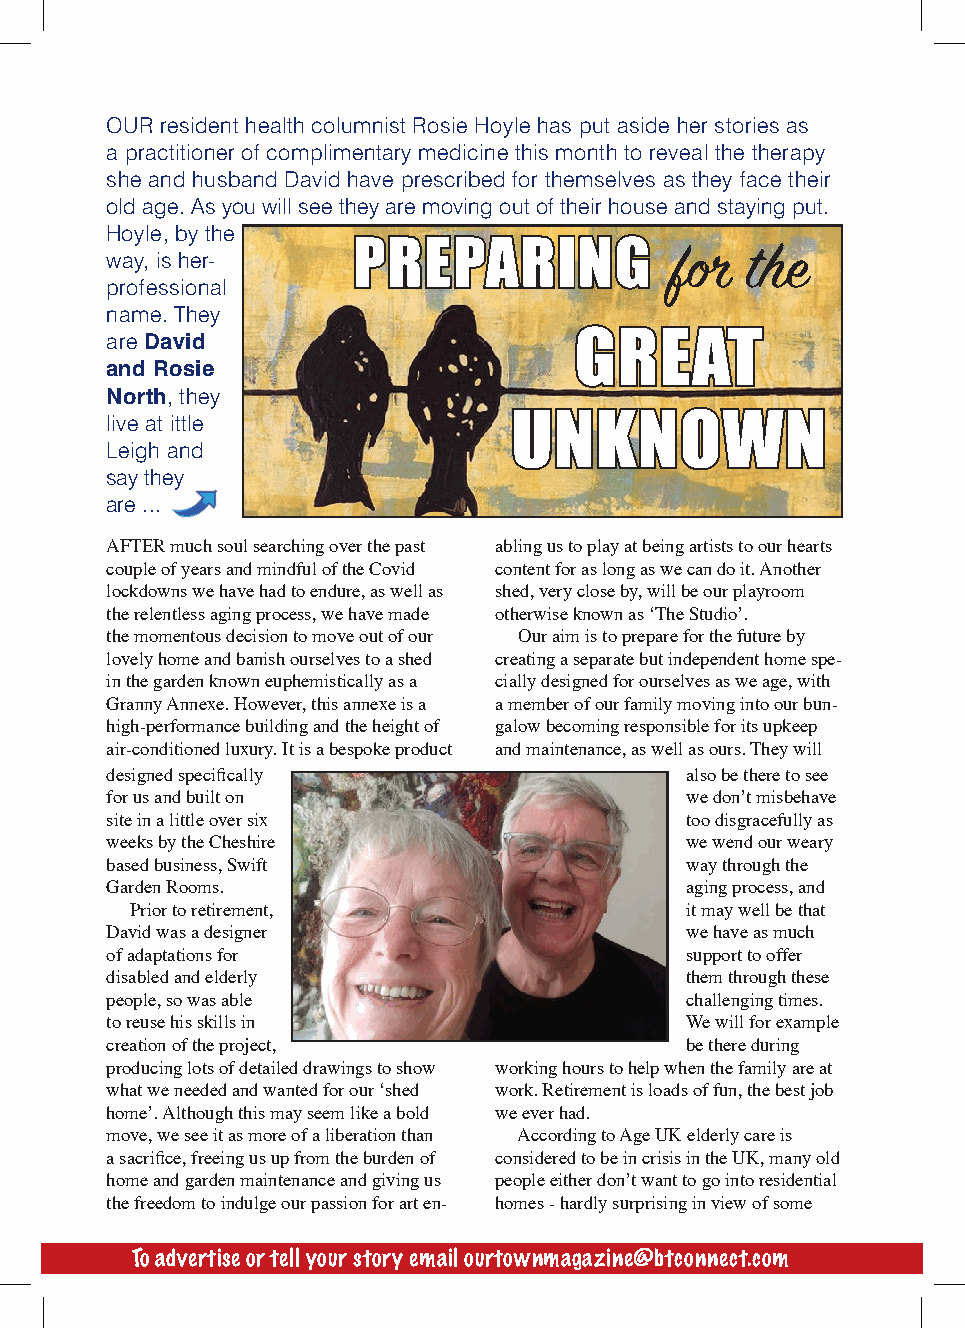
OUR resident health columnist Rosie Hoyle has put aside her stories as
 a practitioner of complimentary medicine this month to reveal the therapy
 she and husband David have prescribed for themselves as they face their
 old age. As you will see they are moving out of their house and staying put.
 Hoyle, by the
 way, is her-
 PREPARING
 for  the
 professional
 name. They
 are David                      GREAT
 and Rosie
 North, they
 live at ittle              UNKNOWN
 Leigh and
 say they
 are ...
 AFTER much soul searching over the past abling us to play at being artists to our hearts
 couple of years and mindful of the Covid content for as long as we can do it. Another
 lockdowns we have had to endure, as well as shed, very close by, will be our playroom
 the relentless aging process, we have made otherwise known as ‘The Studio’.
 the momentous decision to move out of our Our aim is to prepare for the future by
 lovely home and banish ourselves to a shed creating a separate but independent home spe-
 in the garden known euphemistically as a cially designed for ourselves as we age, with
 Granny Annexe. However, this annexe is a a member of our family moving into our bun-
 high-performance building and the height of galow becoming responsible for its upkeep
 air-conditioned luxury. It is a bespoke product and maintenance, as well as ours. They will
 designed specifically                 also be there to see
 for us and built on                   we don’t misbehave
 site in a little over six             too disgracefully as
 weeks by the Cheshire                 we wend our weary
 based business, Swift                 way through the
 Garden Rooms.                         aging process, and
 Prior to retirement,                it may well be that
 David was a designer                  we have as much
 of adaptations for                    support to offer
 disabled and elderly                  them through these
 people, so was able                   challenging times.
 to reuse his skills in                We will for example
 creation of the project,              be there during
 producing lots of detailed drawings to show working hours to help when the family are at
 what we needed and wanted for our ‘shed work. Retirement is loads of fun, the best job
 home’. Although this may seem like a bold we ever had.
 move, we see it as more of a liberation than According to Age UK elderly care is
 a sacrifice, freeing us up from the burden of considered to be in crisis in the UK, many old
 home and garden maintenance and giving us people either don’t want to go into residential
 the freedom to indulge our passion for art en- homes - hardly surprising in view of some
 To advertise or tell your story email ou41rtownmagazine@btconnect.com           41